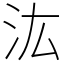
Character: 汯